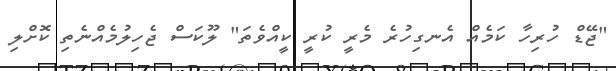
"ޖޭޑް ހުރިހާ ކަމެއް އެނގިހުރެ މެރީ ކުރީ ކީއްވެތަ" ލޫކަސް ޖެހިލުމެއްނެތި ކޮށްލި